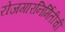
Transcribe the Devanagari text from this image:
रोजगारनिर्मितीची